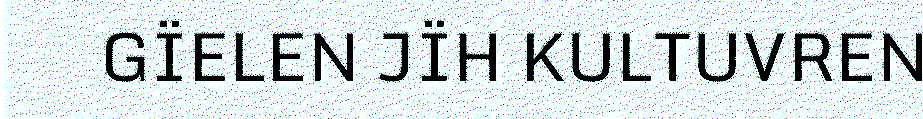
GÏELEN JÏH KULTUVREN